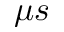
\mu s